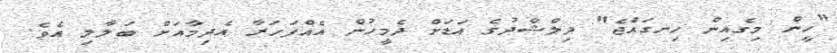
"ހީން މިގެއިން ހިނގައްޖެ" ދިލްޝާދުގެ އަޑަށް ދެމީހުން އެއްފަހަރާ އެދިމާއަށް ބަލާލި އެވެ.